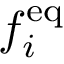
f _ { i } ^ { \mathrm { e q } }